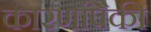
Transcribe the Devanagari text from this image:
कारणांपैकी